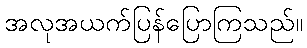
အလုအယက်ပြန်ပြောကြသည်။